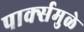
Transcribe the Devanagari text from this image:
पार्क्समुळे